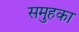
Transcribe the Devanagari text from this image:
समुहका